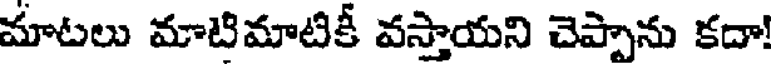
మాటలు మాటిమాటికీ వస్తాయని చెప్పాను కదా!